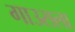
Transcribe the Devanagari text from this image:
गाउसला